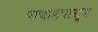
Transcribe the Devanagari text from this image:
पाचाडपासून